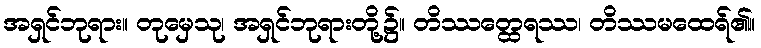
အရှင်ဘုရား။ တုမှေသု၊ အရှင်ဘုရားတို့၌။ တိဿတ္ထေရဿ၊ တိဿမထေရ်၏။